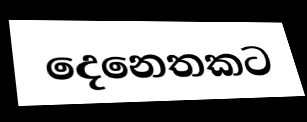
දෙනෙතකට